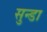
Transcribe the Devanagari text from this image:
सुन्डा